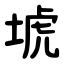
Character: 㙈